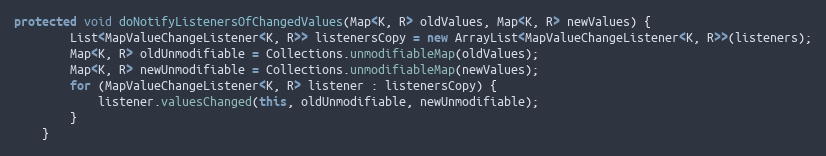
Language: Java
protected void doNotifyListenersOfChangedValues(Map<K, R> oldValues, Map<K, R> newValues) {
        List<MapValueChangeListener<K, R>> listenersCopy = new ArrayList<MapValueChangeListener<K, R>>(listeners);
        Map<K, R> oldUnmodifiable = Collections.unmodifiableMap(oldValues);
        Map<K, R> newUnmodifiable = Collections.unmodifiableMap(newValues);
        for (MapValueChangeListener<K, R> listener : listenersCopy) {
            listener.valuesChanged(this, oldUnmodifiable, newUnmodifiable);
        }
    }